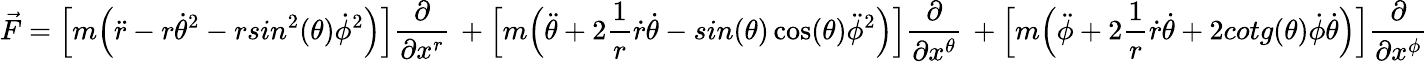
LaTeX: \vec{F}=\Big[m\Big(\ddot{r}-r\dot{\theta}^{2}-rsin^{2}(\theta)\dot{\phi}^{2}\Big)\Big]\frac{\partial}{\partial x^{r}}\, +\Big[m\Big(\ddot{\theta}+2\frac{1}{r}\dot{r}\dot{\theta}-sin(\theta)\cos(\theta)\ddot{\phi}^{2}\Big)\Big]\frac{\partial}{\partial x^{\theta}}\, +\Big[m\Big(\ddot{\phi}+2\frac{1}{r}\dot{r}\dot{\theta}+2cotg(\theta)\dot{\phi}\dot{\theta}\Big)\Big]\frac{\partial}{\partial x^{\phi}}